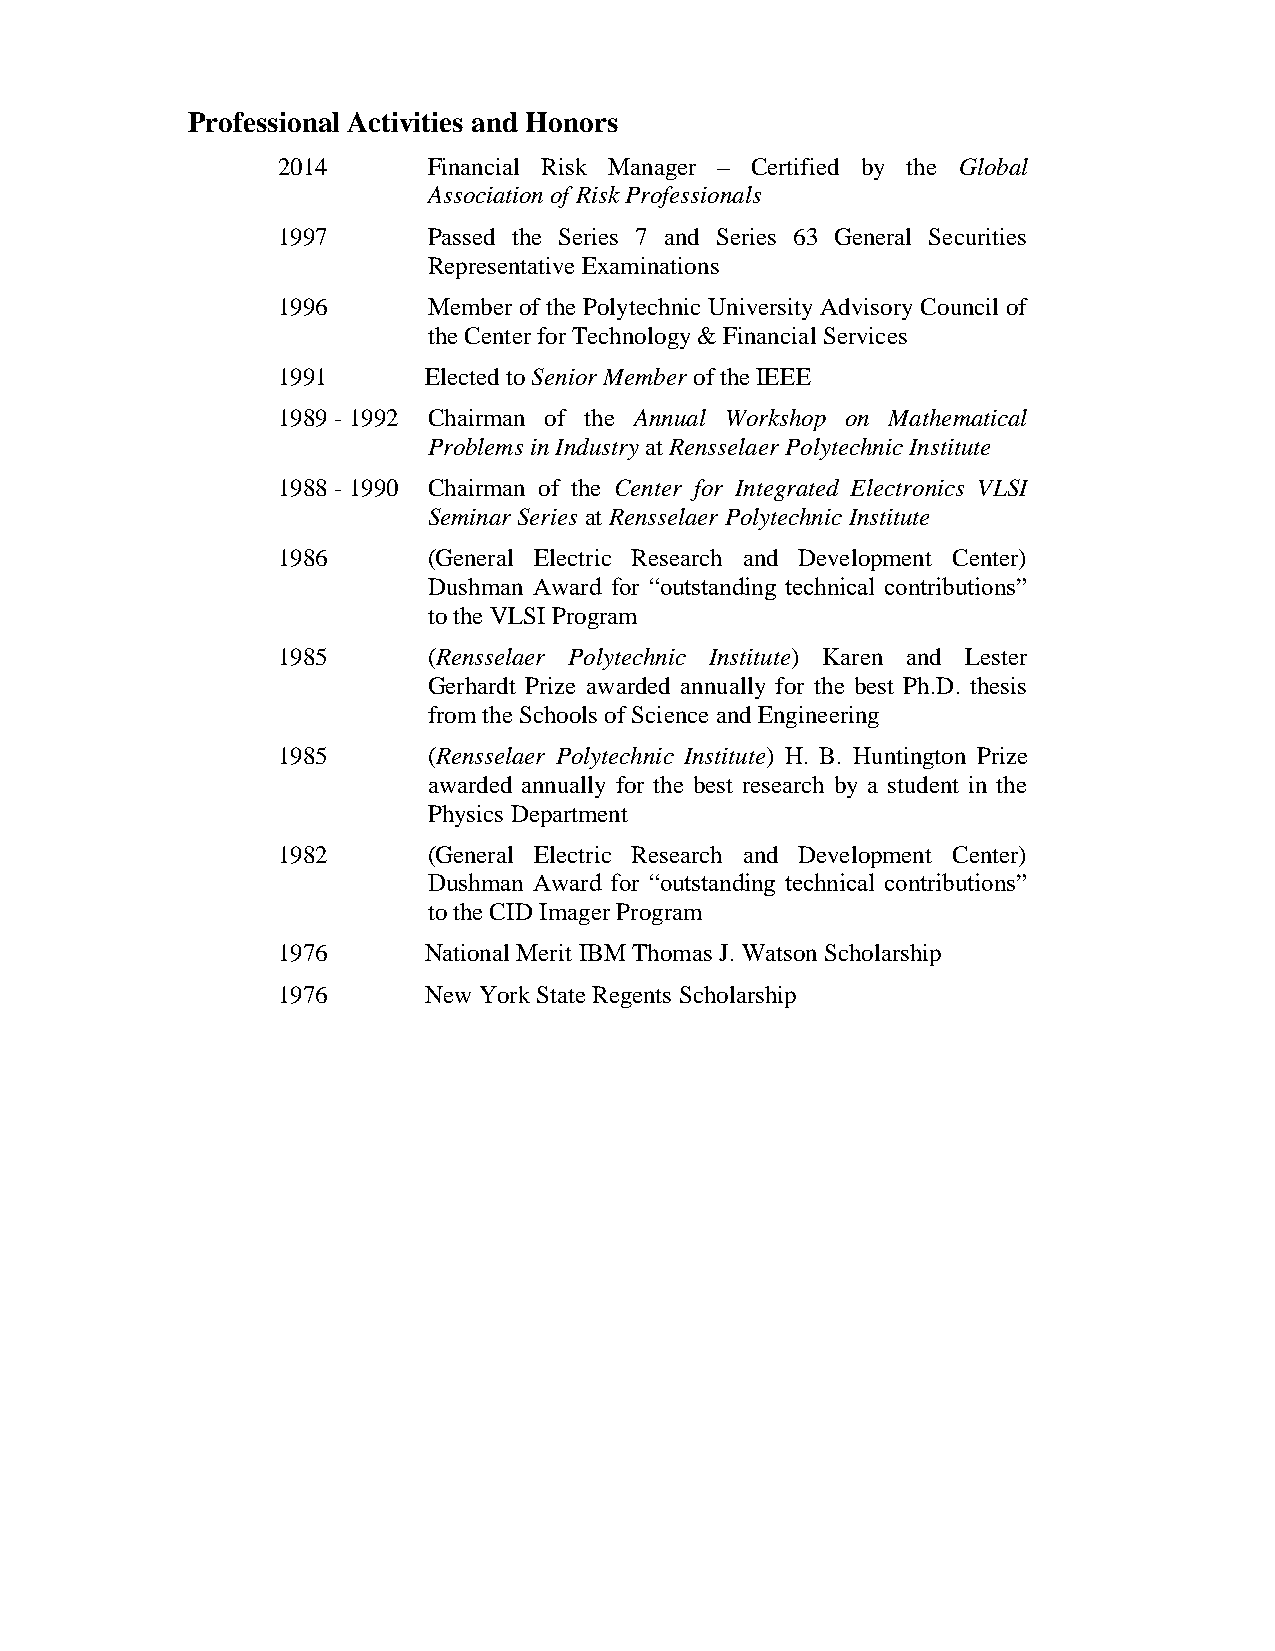
Professional Activities and Honors
 2014      Financial Risk Manager – Certified by the Global
 Association of Risk Professionals
 1997      Passed the Series 7 and Series 63 General Securities
 Representative Examinations
 1996      Member of the Polytechnic University Advisory Council of
 the Center for Technology & Financial Services
 1991      Elected to Senior Member of the IEEE
 1989 - 1992 Chairman of the Annual Workshop on Mathematical
 Problems in Industry at Rensselaer Polytechnic Institute
 1988 - 1990 Chairman of the Center for Integrated Electronics VLSI
 Seminar Series at Rensselaer Polytechnic Institute
 1986      (General Electric Research and Development Center)
 Dushman Award for “outstanding technical contributions”
 to the VLSI Program
 1985      (Rensselaer Polytechnic Institute) Karen and Lester
 Gerhardt Prize awarded annually for the best Ph.D. thesis
 from the Schools of Science and Engineering
 1985      (Rensselaer Polytechnic Institute) H. B. Huntington Prize
 awarded annually for the best research by a student in the
 Physics Department
 1982      (General Electric Research and Development Center)
 Dushman Award for “outstanding technical contributions”
 to the CID Imager Program
 1976      National Merit IBM Thomas J. Watson Scholarship
 1976      New York State Regents Scholarship